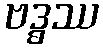
ဗဒ္ဓဿ